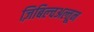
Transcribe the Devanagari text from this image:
ज़िबिल्चअल्तून